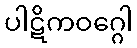
ပါဋိကဝဂ္ဂေါ